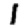
Digit: 1